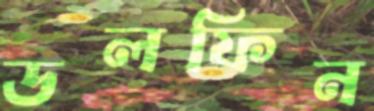
ডলফিন